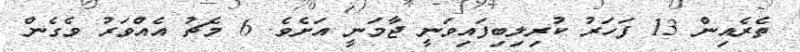
ތެެރެއިން 13 ފަހަރު ކުރިލިބިފައިވަނީ ޖާމަނީ އަށެވެ. 6 މެޗު އެއްވަރު ވެގެން